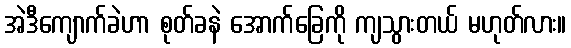
အဲဒီကျောက်ခဲဟာ စုတ်ခနဲ အောက်ခြေကို ကျသွားတယ် မဟုတ်လား။